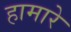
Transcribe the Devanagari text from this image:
हामारे